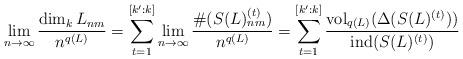
LaTeX: \begin{align*}\lim_{n\rightarrow \infty}\frac{\dim_kL_{nm}}{n^{q(L)}}=\sum_{t=1}^{[k':k]}\lim_{n\rightarrow \infty}\frac{\#(S(L)_{nm}^{(t)})}{n^{q(L)}}=\sum_{t=1}^{[k':k]}\frac{{\rm vol}_{q(L)}(\Delta(S(L)^{(t)}))}{{\rm ind}(S(L)^{(t)})}\end{align*}